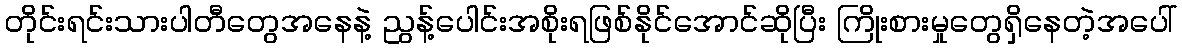
တိုင်းရင်းသားပါတီတွေအနေနဲ့ ညွန့်ပေါင်းအစိုးရဖြစ်နိုင်အောင်ဆိုပြီး ကြိုးစားမှုတွေရှိနေတဲ့အပေါ်